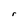
Character: r